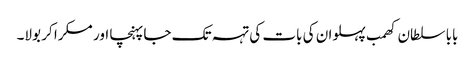
بابا سلطان کھمب پہلوان کی بات کی تہہ تک جا پہنچا اور مسکرا کر بولا۔